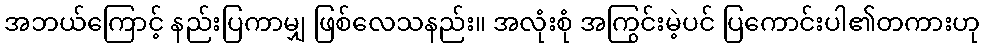
အဘယ်ကြောင့် နည်းပြကာမျှ ဖြစ်လေသနည်း။ အလုံးစုံ အကြွင်းမဲ့ပင် ပြကောင်းပါ၏တကားဟု